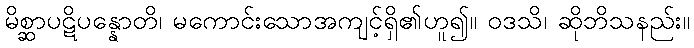
မိစ္ဆာပဋိပန္နောတိ၊ မကောင်းသောအကျင့်ရှိ၏ဟူ၍။ ဝဒသိ၊ ဆိုဘိသနည်း။